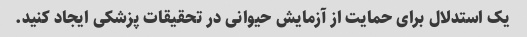
یک استدلال برای حمایت از آزمایش حیوانی در تحقیقات پزشکی ایجاد کنید.